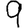
Digit: 9